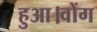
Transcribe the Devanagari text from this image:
हुआ।वोंग